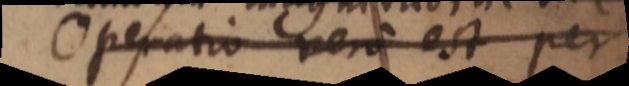
Operatio vero est per